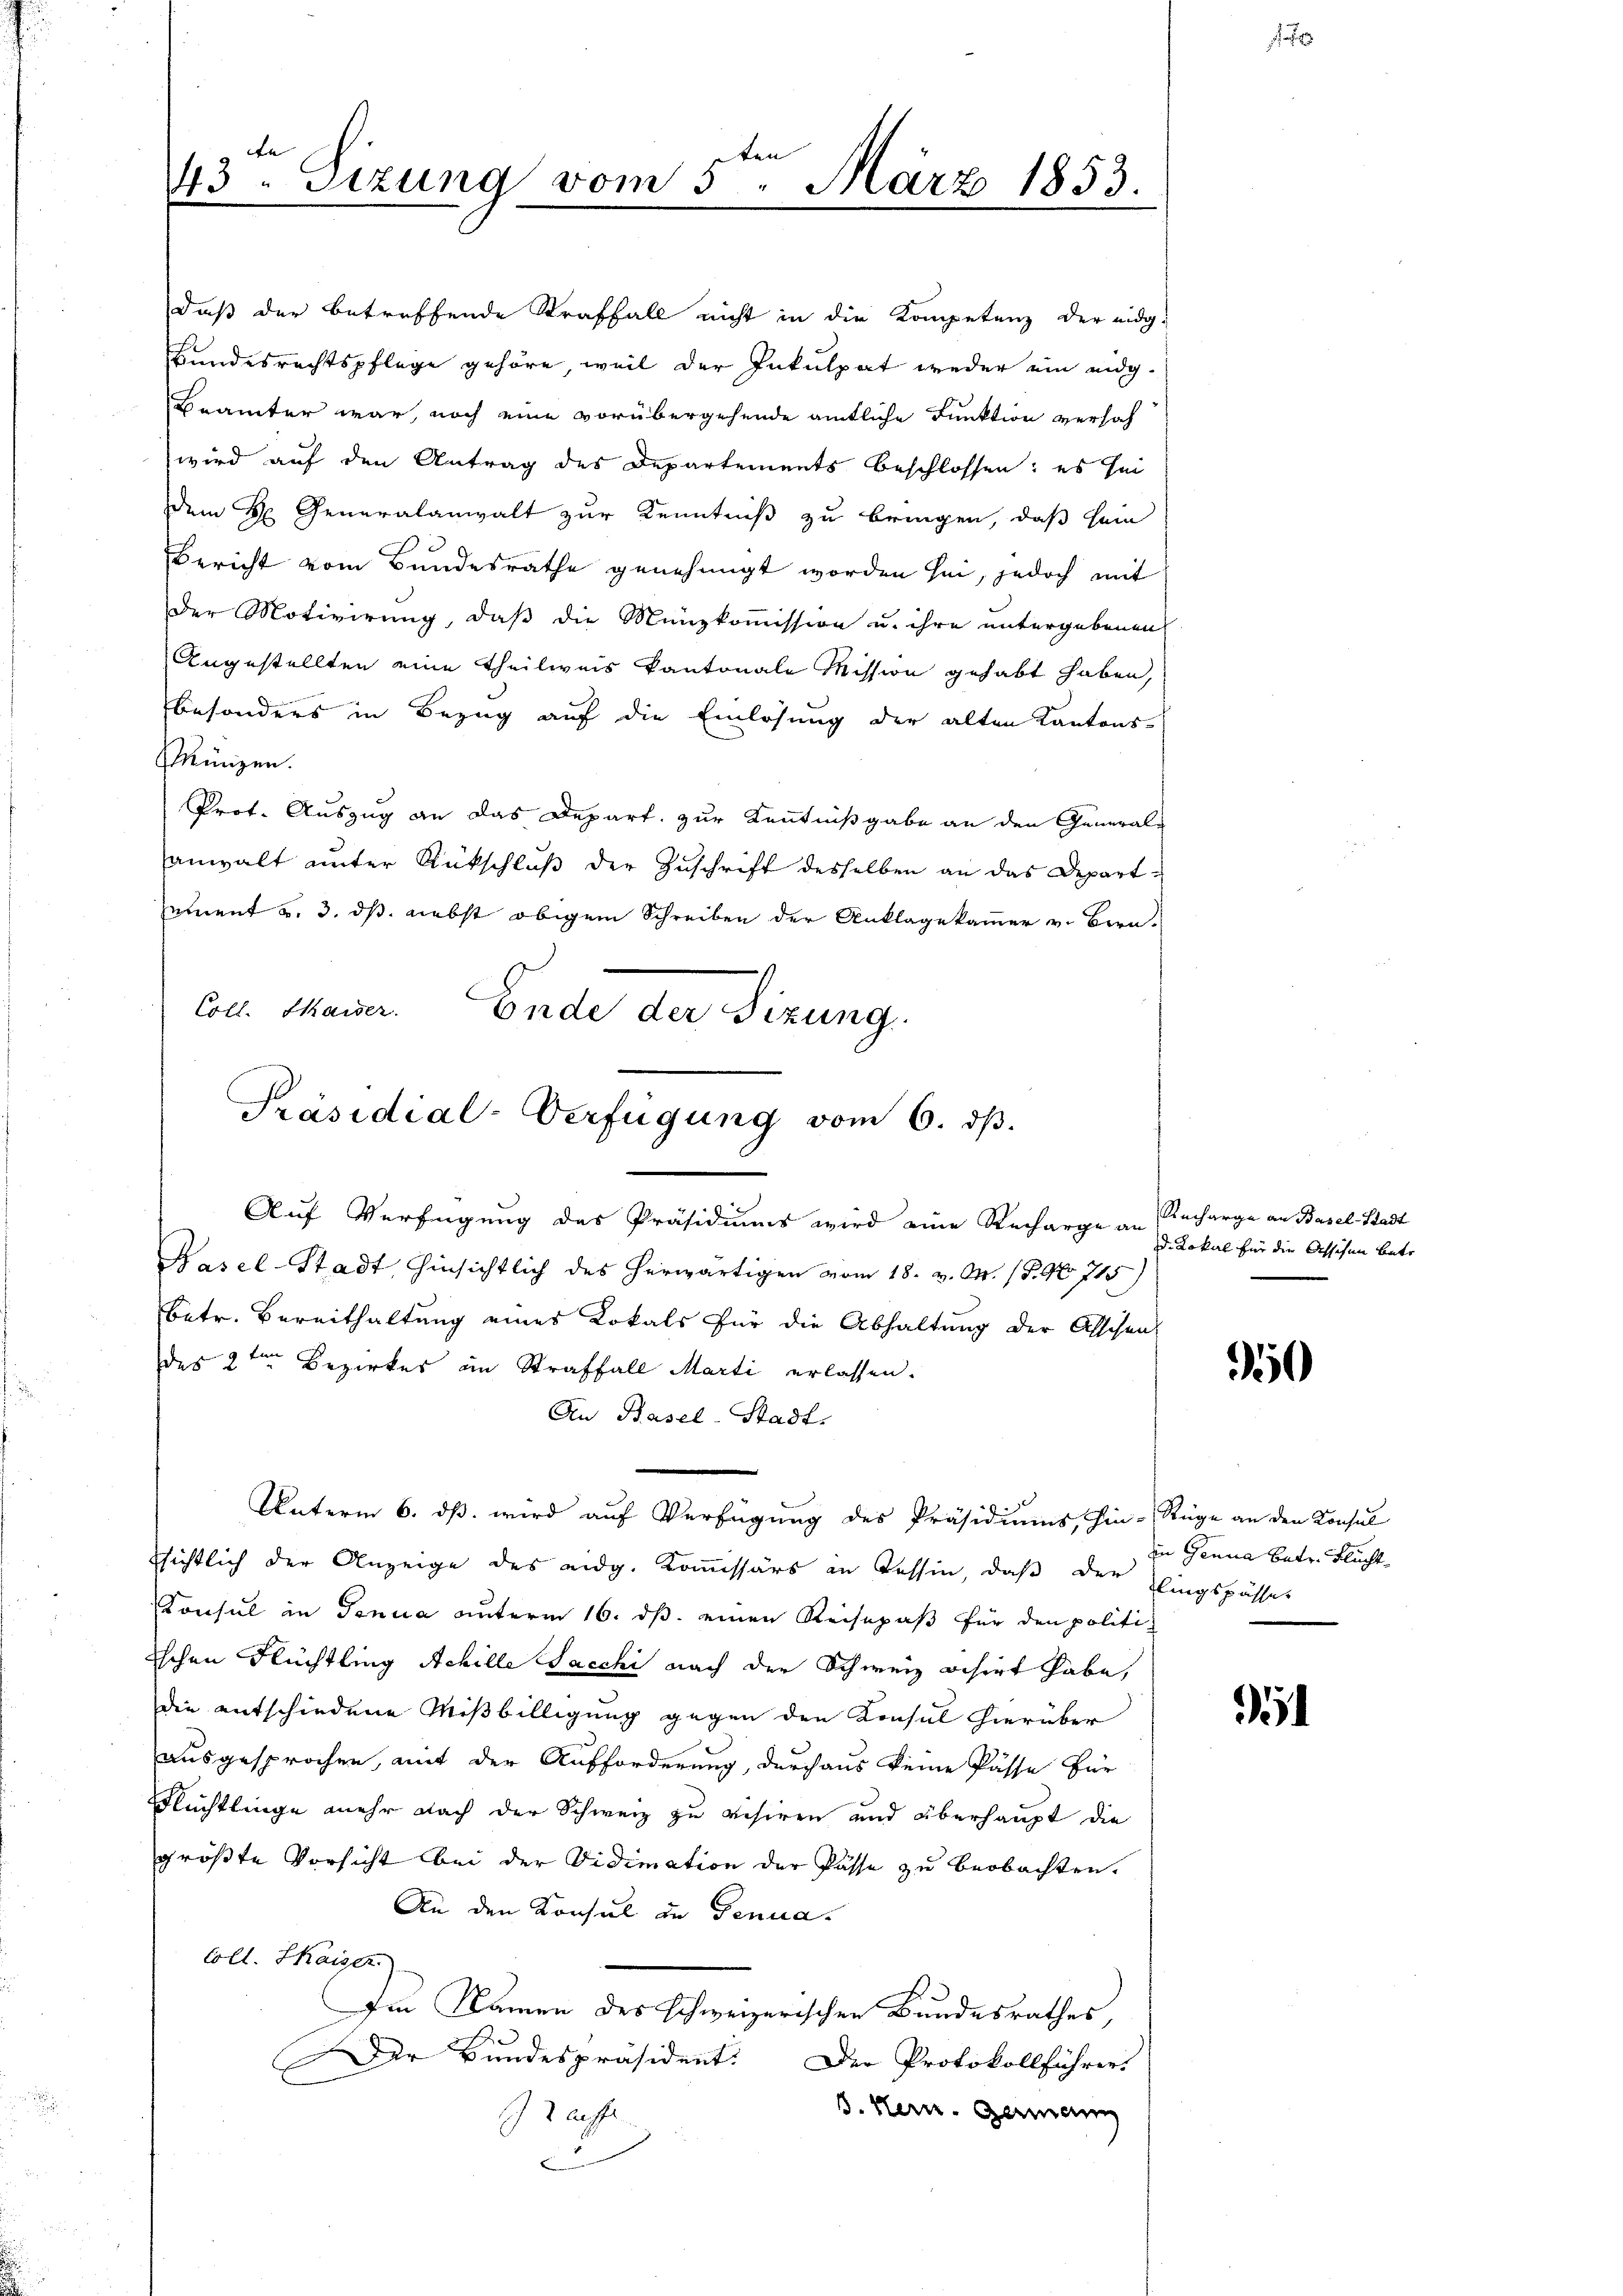
e
ten
43. Sizung vom 3. März 1853.
.

daß der betreffende Straffall nicht in die Kompetenz der eidg
Bundesrechtspflege gehöre, weil der Inkulpat weder ein eidg.
Brämter war, noch eine vorübergehende amtliche Funktion versah
wird auf den Antrag des Departements beschlossen: es sei
dem H. Generalanwalt zur Kenntniß zu bringen, daß sein
Ebericht vom Bundesrathe genehmigt worden sei, jedoch mit
Der Motivirung, daß die Münzkommission u. ihre untergebenen
Angestellten eine Theilweis kantonale Mission gehabt haben,
besonders in Bezug auf die Einlösung der alten Kantons-
Münzen.
Prof. Auszug an das Depart zur Kenntnißgabe an den General-
anwalt unter Rückschlŭβ der Zuschrift desselben an das Departemnent v. 3. ds nebst obigem Schreiben der Anklagekammer v. Bern-
Coll. Mauer. Ende der Sizung.

Präsidial-Verfügung vom 6. dβ.

Auf Verfügung des Präsidiums wird eine Recharge an Recharge an Basel-Stadt
Hasel-Stadt hinsichtlich des herwärtigen vom 18. v. M. (S. 9. 715)
betr. Bereithaltung eines Lokals für die Abhaltung der Abschen
des 2ten Bezirkes in Straffall Marti erlassen.
An Basel-Stadt.
Unterm 6. dß wird auf Verfügung des Präsidiums, hin-Rüge an den Konsul
sichtlich der Anzeige des eidg. Kommissärs in Tessin, daß der Klingspasset
Konsul in Genua unterm 16. ds. einen Reisepaß für den politiischen Flüchtling Achille Sacchi nach der Schweiz besirt habe,
die entschiedene Mißbilligung gegen den Konsul hierüber
ausgesprochen, mit der Aufforderung, durchaus keine Pässe für
Flüchtlinge mehr nach der Schweiz zu resiren und überhaupt die
größte Vorsicht bei der Vidimation der Pässe zu beobachten.
An den Konsul in Genua¬
Coll. Skaiser
Im Namen des schweizerischen Bundesrathes,
Der Bundespräsident. Der Protokollführer
3. Hern. Germann
aiste
2

d. Lokal für die Assigen bete

0

in Genua betr. Flucht¬

4